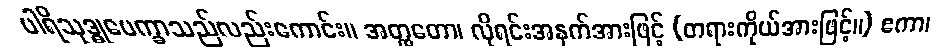
ပါရိသုဒ္ဓုပေက္ခာသည်လည်းကောင်း။ အတ္ထတော၊ လိုရင်းအနက်အားဖြင့် (တရားကိုယ်အားဖြင့်။) ဧကာ၊